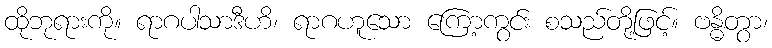
ထိုဘုရားကို။ ရာဂပါသာဒီဟိ၊ ရာဂဟူသော ကြော့ကွင်း စသည်တို့ဖြင့်။ ဗန္ဓိတွာ၊